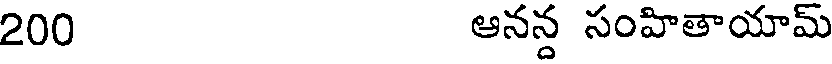
200 ఆనన్ద సంహితాయామ్